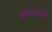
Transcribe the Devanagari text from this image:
आत्मप्रतीति